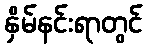
နှိမ်နင်းရာတွင်